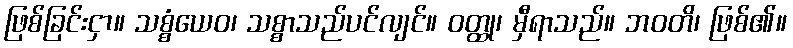
ဖြစ်ခြင်းငှာ။ သစ္စံယေဝ၊ သစ္စာသည်ပင်လျင်။ ဝတ္ထု၊ မှီရာသည်။ ဘဝတိ၊ ဖြစ်၏။